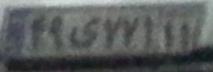
۴۹ی۷۷۱۱۱